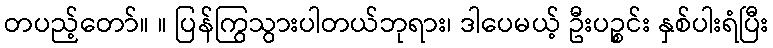
တပည့်တော်။ ။ ပြန်ကြွသွားပါတယ်ဘုရား၊ ဒါပေမယ့် ဦးပဉ္စင်း နှစ်ပါးရံပြီး